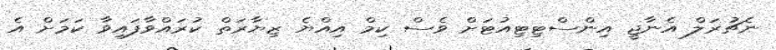
ނެޗުރަލް އެނާޖީ އިންސްޓިޓިއުޓަށް ވެސް ކިމް އިއްޔެ ޒިޔާރަތް ކުރައްވާފައިވާ ކަމަށް އެ